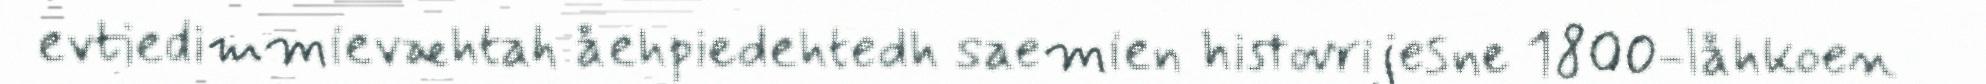
evtiedimmievæhtah åehpiedehtedh saemien histovrijesne 1800-låhkoen